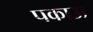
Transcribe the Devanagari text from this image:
पकाऊ